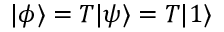
\vert \phi \rangle = T \vert \psi \rangle = T \vert 1 \rangle